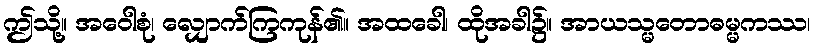
ဤသို့။ အဝေါစုံ၊ လျှောက်ကြကုန်၏။ အထခေါ၊ ထိုအခါ၌။ အာယသ္မတောဓမ္မကဿ၊